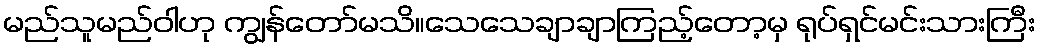
မည်သူမည်ဝါဟု ကျွန်တော်မသိ။သေသေချာချာကြည့်တော့မှ ရုပ်ရှင်မင်းသားကြီး